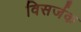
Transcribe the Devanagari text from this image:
विसर्जक